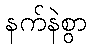
နက်နဲစွာ